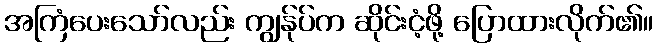
အကြံပေးသော်လည်း ကျွန်ုပ်က ဆိုင်းငံ့ဖို့ ပြောထားလိုက်၏။